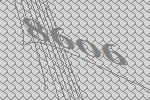
8606